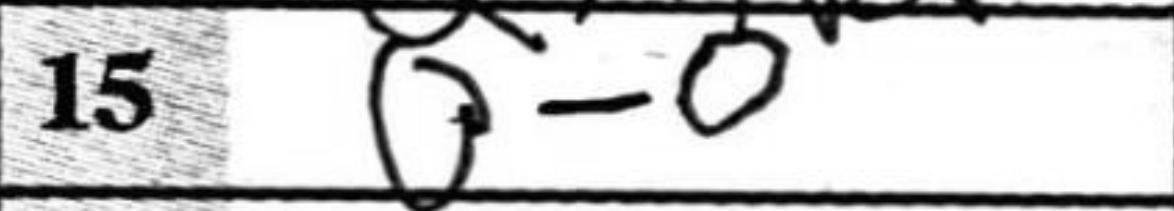
Transcription: O-O